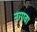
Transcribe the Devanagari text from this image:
नागवा